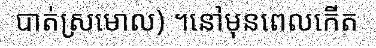
បាត់ស្រមោល) ។នៅមុនពេលកើត